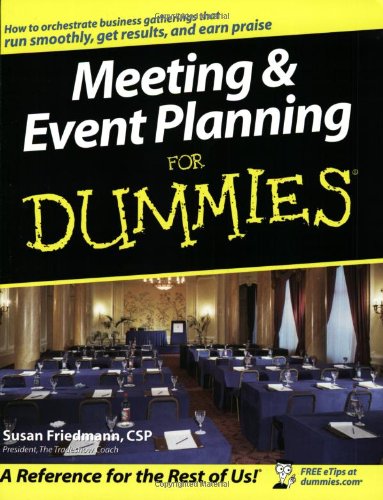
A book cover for Meeting and Event Planning For Dummies; Susan Friedmann; Cookbooks, Food & Wine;